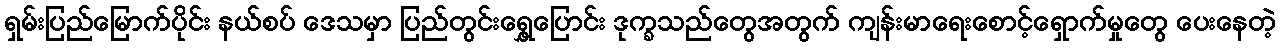
ရှမ်းပြည်မြောက်ပိုင်း နယ်စပ် ဒေသမှာ ပြည်တွင်းရွှေ့ပြောင်း ဒုက္ခသည်တွေအတွက် ကျန်းမာရေးစောင့်ရှောက်မှုတွေ ပေးနေတဲ့